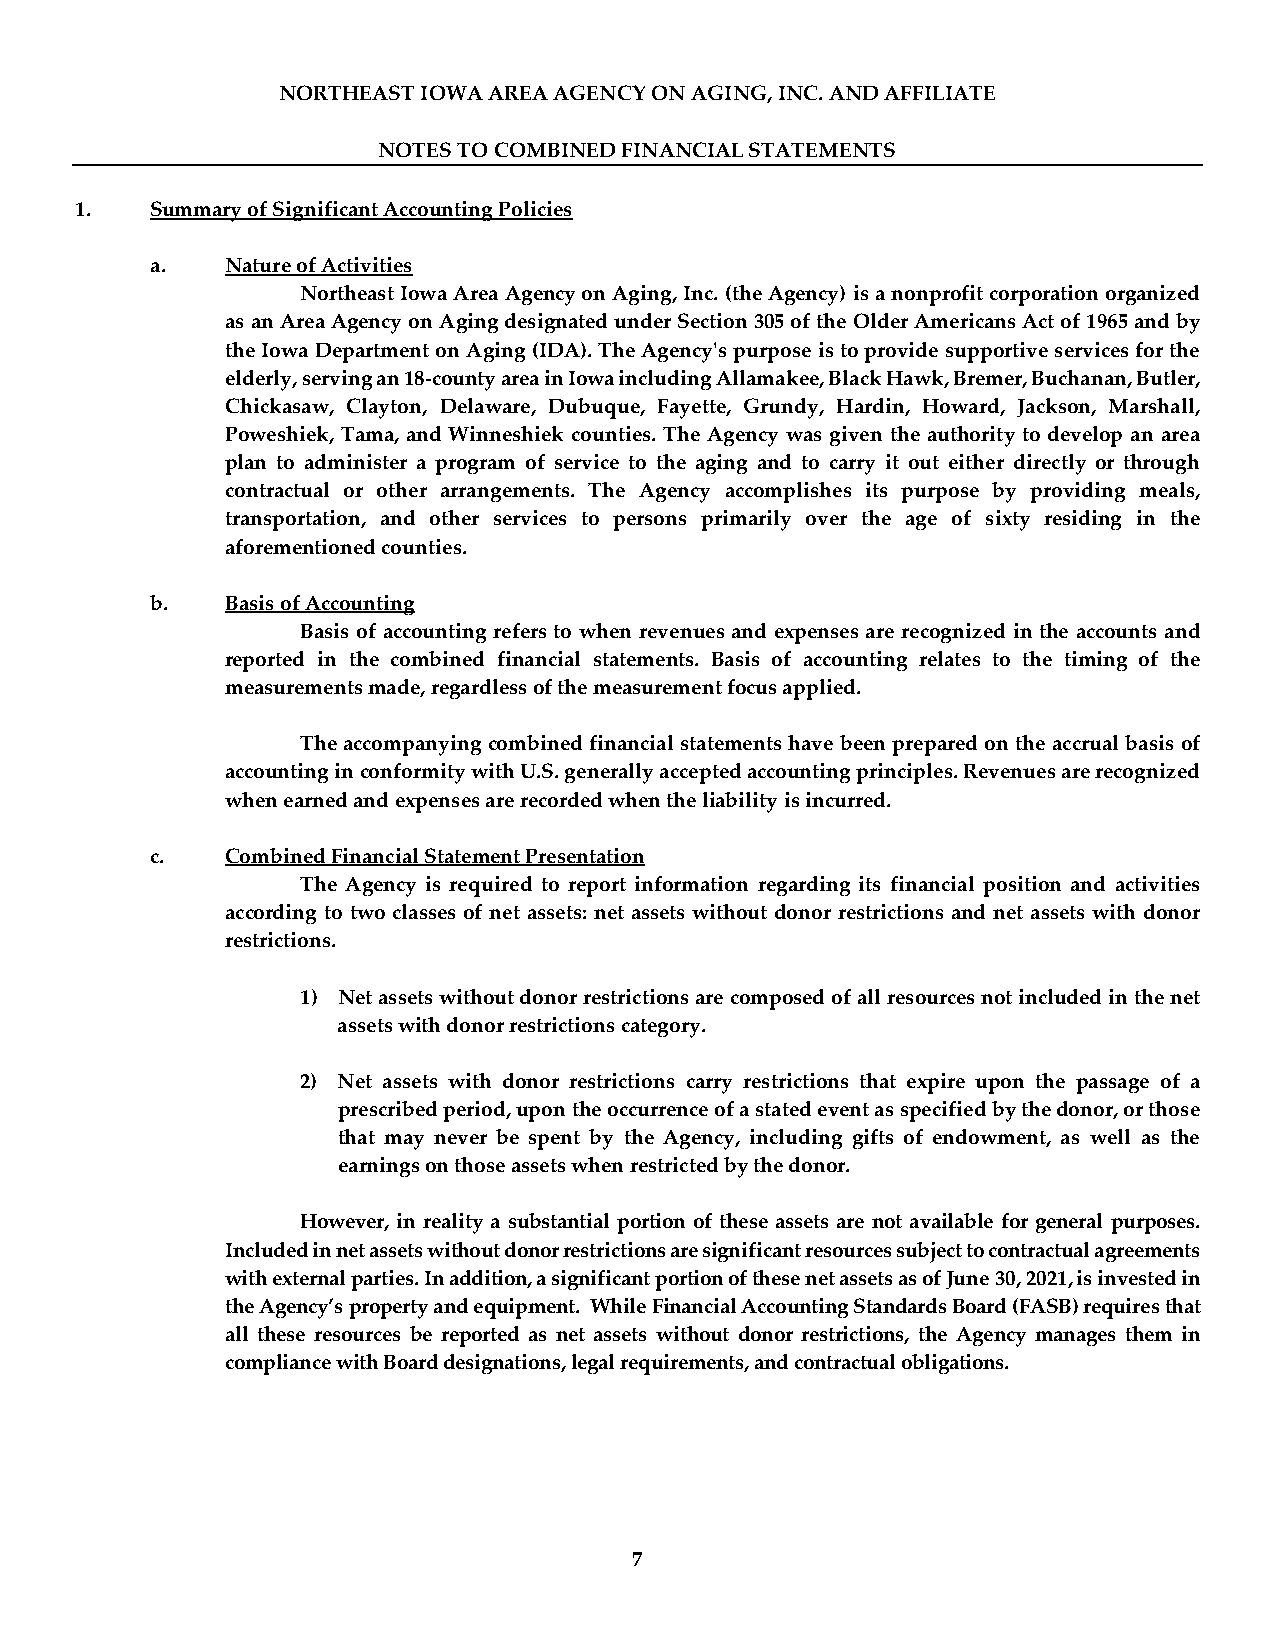
NORTHEAST IOWA AREA AGENCY ON AGING, INC. AND AFFILIATE
 NOTES TO COMBINED FINANCIAL STATEMENTS
 1.   Summary of Significant Accounting Policies
 a.   Nature of Activities
 Northeast Iowa Area Agency on Aging, Inc. (the Agency) is a nonprofit corporation organized
 as an Area Agency on Aging designated under Section 305 of the Older Americans Act of 1965 and by
 the Iowa Department on Aging (IDA). The Agency's purpose is to provide supportive services for the
 elderly, serving an 18-county area in Iowa including Allamakee, Black Hawk, Bremer, Buchanan, Butler,
 Chickasaw, Clayton, Delaware, Dubuque, Fayette, Grundy, Hardin, Howard, Jackson, Marshall,
 Poweshiek, Tama, and Winneshiek counties. The Agency was given the authority to develop an area
 plan to administer a program of service to the aging and to carry it out either directly or through
 contractual or other arrangements. The Agency accomplishes its purpose by providing meals,
 transportation, and other services to persons primarily over the age of sixty residing in the
 aforementioned counties.
 b.   Basis of Accounting
 Basis of accounting refers to when revenues and expenses are recognized in the accounts and
 reported in the combined financial statements. Basis of accounting relates to the timing of the
 measurements made, regardless of the measurement focus applied.
 The accompanying combined financial statements have been prepared on the accrual basis of
 accounting in conformity with U.S. generally accepted accounting principles. Revenues are recognized
 when earned and expenses are recorded when the liability is incurred.
 c.   Combined Financial Statement Presentation
 The Agency is required to report information regarding its financial position and activities
 according to two classes of net assets: net assets without donor restrictions and net assets with donor
 restrictions.
 1) Net assets without donor restrictions are composed of all resources not included in the net
 assets with donor restrictions category.
 2) Net assets with donor restrictions carry restrictions that expire upon the passage of a
 prescribed period, upon the occurrence of a stated event as specified by the donor, or those
 that may never be spent by the Agency, including gifts of endowment, as well as the
 earnings on those assets when restricted by the donor.
 However, in reality a substantial portion of these assets are not available for general purposes.
 Included in net assets without donor restrictions are significant resources subject to contractual agreements
 with external parties. In addition, a significant portion of these net assets as of June 30, 2021, is invested in
 the Agency’s property and equipment. While Financial Accounting Standards Board (FASB) requires that
 all these resources be reported as net assets without donor restrictions, the Agency manages them in
 compliance with Board designations, legal requirements, and contractual obligations.
 7